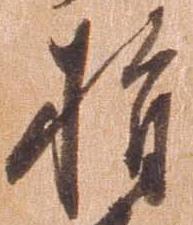
指